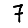
Digit: 7